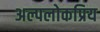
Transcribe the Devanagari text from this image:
अल्पलोकप्रिय